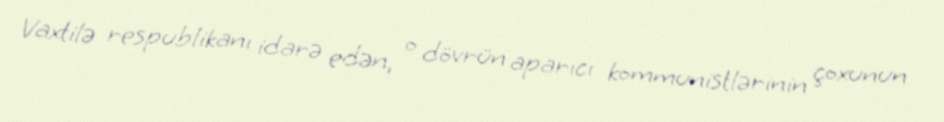
Vaxtilə respublikanı idarə edən, o dövrün aparıcı kommunistlərinin çoxunun